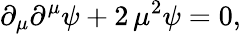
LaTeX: \partial_{\mu}\partial^{\mu}\psi+2\, \mu^{2}\psi=0,